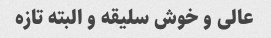
عالی و خوش سلیقه و البته تازه